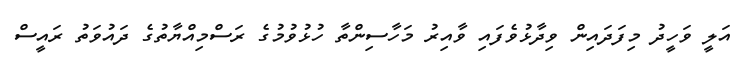
އަލީ ވަހީދު މިފަދައިން ވިދާޅުވެފައި ވާއިރު މަހާސިންތާ ހުޅުވުމުގެ ރަސްމިއްޔާތުގެ ދައުވަތު ރައީސް